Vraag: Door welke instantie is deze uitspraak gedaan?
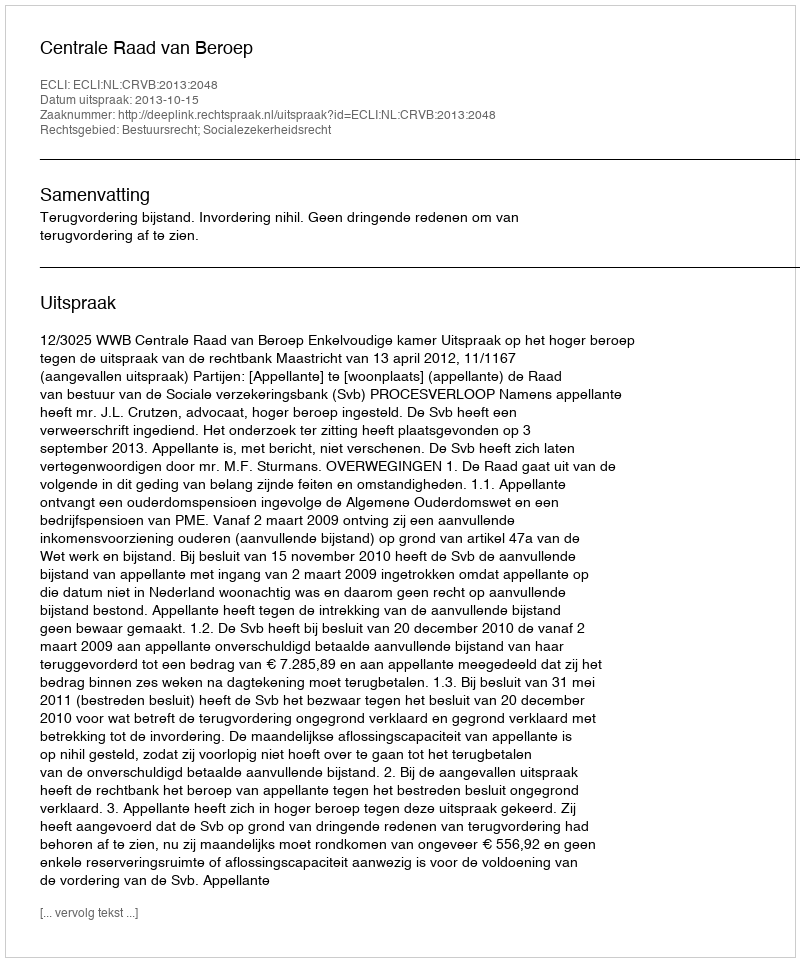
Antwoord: Centrale Raad van Beroep